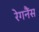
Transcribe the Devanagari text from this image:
रेगनैंस